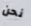
نحن